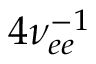
4 \nu _ { e e } ^ { - 1 }